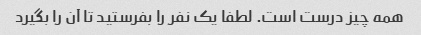
همه چیز درست است. لطفا یک نفر را بفرستید تا آن را بگیرد